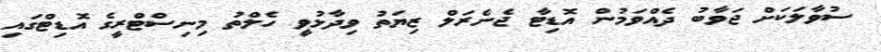
ސުވާލަކަށް ޖަވާބު ދެއްވަމުން އޮޑިޓާ ޖެނެރަލް ޒިޔަތު ވިދާޅުވީ ހެލްތު މިނިސްޓްރީގެ އޮޑިޓްގައި